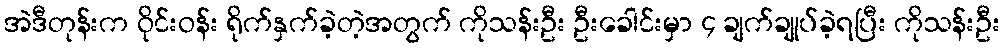
အဲဒီတုန်းက ဝိုင်းဝန်း ရိုက်နှက်ခဲ့တဲ့အတွက် ကိုသန်းဦး ဦးခေါင်းမှာ ၄ ချက်ချုပ်ခဲ့ရပြီး ကိုသန်းဦး